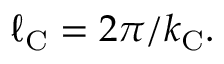
\ell _ { \mathrm { { C } } } = 2 \pi / k _ { \mathrm { { C } } } .